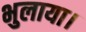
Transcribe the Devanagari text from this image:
भुलाया।